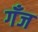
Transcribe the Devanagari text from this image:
गँज